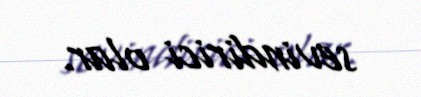
sevindirici olar.